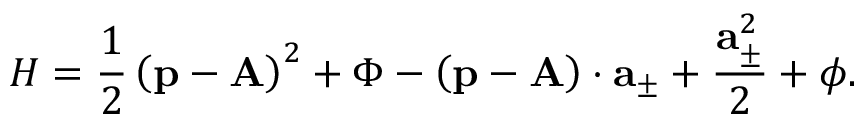
H = \frac { 1 } { 2 } \left( \mathbf { p - A } \right) ^ { 2 } + \Phi - \left( \mathbf { p - A } \right) \cdot \mathbf { a } _ { \pm } + \frac { \mathbf { a } _ { \pm } ^ { 2 } } { 2 } + \phi .